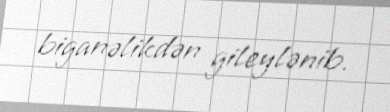
biganəlikdən gileylənib.